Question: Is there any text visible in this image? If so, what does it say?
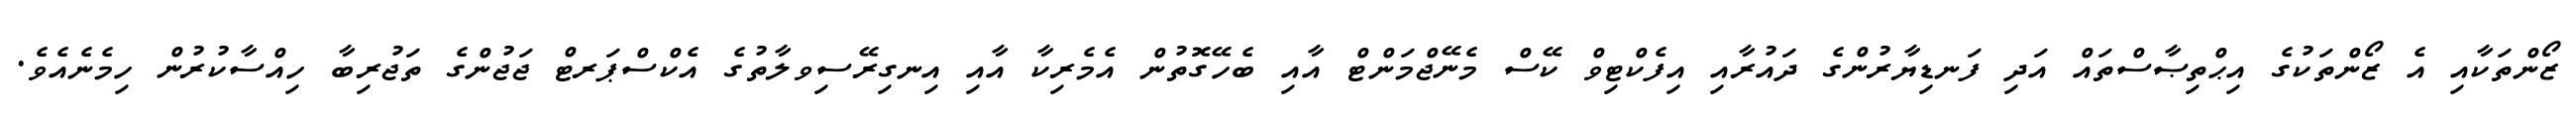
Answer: ޒޯންތަކާއި އެ ޒޯންތަކުގެ އިޙްތިޞާސްތައް އަދި ފަނޑިޔާރުންގެ ދައުރާއި އިފެކްޓިވް ކޭސް މެނޭޖްމަންޓް އާއި ބެހޭގޮތުން އެމެރިކާ އާއި އިނގިރޭސިވލާތުގެ އެކްސްޕަރޓް ޖަޖުންގެ ތަޖުރިބާ ހިއްސާކުރުން ހިމެނެއެވެ.